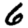
Digit: 6